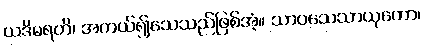
ယဒိမရတိ၊ အကယ်၍သေသည်ဖြစ်အံ့။ သာဝသေသာယုကော၊